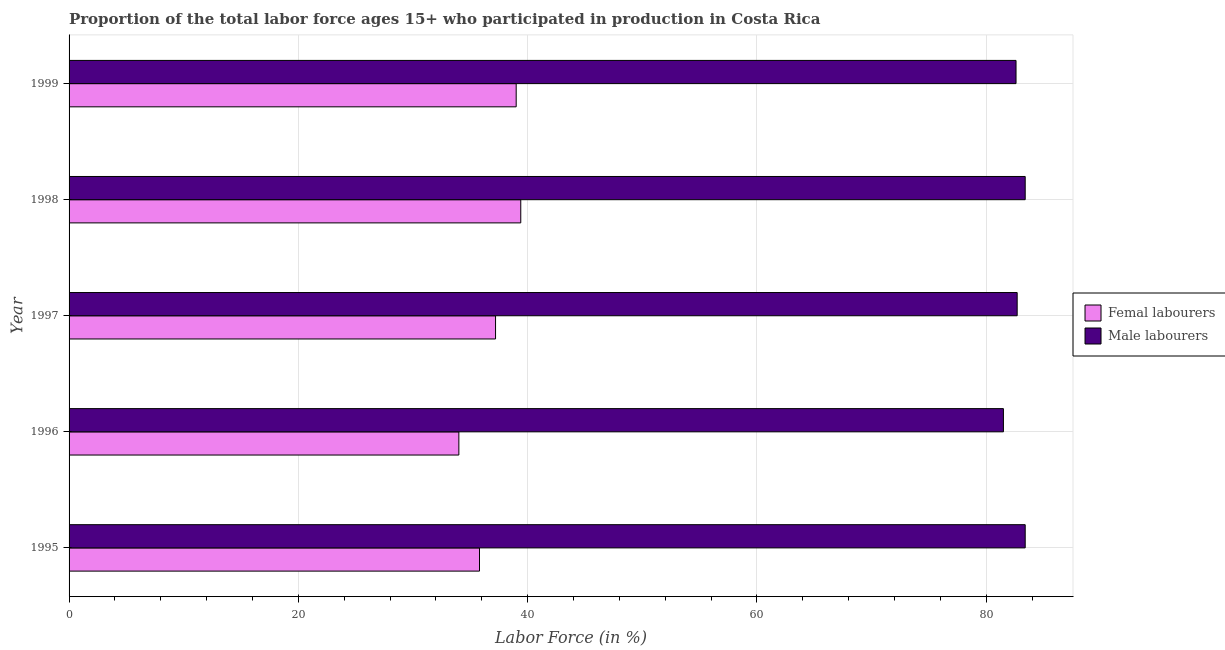
| Year | Femal labourers | Male labourers |
 | --- | --- | --- |
 | 1995 | 35.8 | 83.4 |
 | 1996 | 34 | 81.5 |
 | 1997 | 37.2 | 82.7 |
 | 1998 | 39.4 | 83.4 |
 | 1999 | 39 | 82.6 |